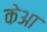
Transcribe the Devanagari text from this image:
केआ